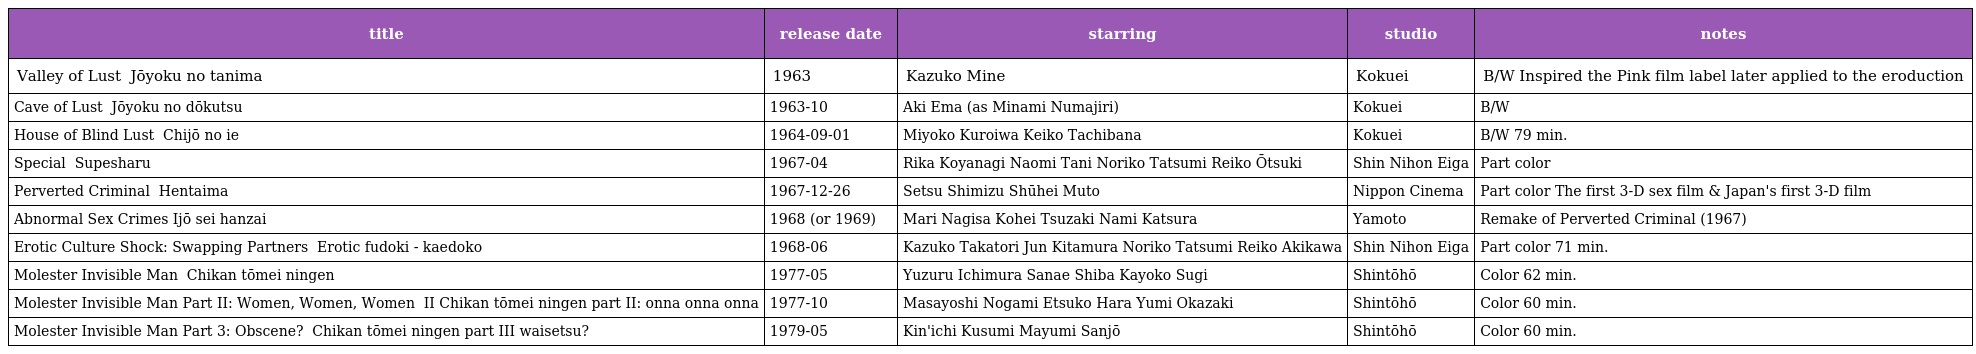
| title | release date | starring | studio | notes |
 | --- | --- | --- | --- | --- |
 | Valley of Lust 情欲の谷間 Jōyoku no tanima | 1963 | Kazuko Mine | Kokuei | B/W Inspired the Pink film label later applied to the eroduction |
 | Cave of Lust 情欲の洞窟 Jōyoku no dōkutsu | 1963-10 | Aki Ema (as Minami Numajiri) | Kokuei | B/W |
 | House of Blind Lust 痴情の家 Chijō no ie | 1964-09-01 | Miyoko Kuroiwa Keiko Tachibana | Kokuei | B/W 79 min. |
 | Special スペシャル Supesharu | 1967-04 | Rika Koyanagi Naomi Tani Noriko Tatsumi Reiko Ōtsuki | Shin Nihon Eiga | Part color |
 | Perverted Criminal 変態魔 Hentaima | 1967-12-26 | Setsu Shimizu Shūhei Muto | Nippon Cinema | Part color The first 3-D sex film & Japan's first 3-D film |
 | Abnormal Sex Crimes Ijō sei hanzai | 1968 (or 1969) | Mari Nagisa Kohei Tsuzaki Nami Katsura | Yamoto | Remake of Perverted Criminal (1967) |
 | Erotic Culture Shock: Swapping Partners エロチック風土記替え床 Erotic fudoki - kaedoko | 1968-06 | Kazuko Takatori Jun Kitamura Noriko Tatsumi Reiko Akikawa | Shin Nihon Eiga | Part color 71 min. |
 | Molester Invisible Man 痴漢透明人間 Chikan tōmei ningen | 1977-05 | Yuzuru Ichimura Sanae Shiba Kayoko Sugi | Shintōhō | Color 62 min. |
 | Molester Invisible Man Part II: Women, Women, Women 痴漢透明人間ＰＡＲＴ II　女女女 Chikan tōmei ningen part II: onna onna onna | 1977-10 | Masayoshi Nogami Etsuko Hara Yumi Okazaki | Shintōhō | Color 60 min. |
 | Molester Invisible Man Part 3: Obscene? 痴漢透明人間ＰＡＲＴ３わいせつ？ Chikan tōmei ningen part III waisetsu? | 1979-05 | Kin'ichi Kusumi Mayumi Sanjō | Shintōhō | Color 60 min. |